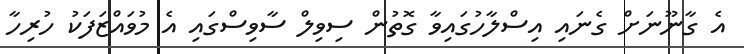
އެ ގާނޫނަށް ގެނައި އިސްލާހުގައިވާ ގޮތުން ސިވިލް ސާވިސްގައި އެ މުވައްޒަފަކު ހުރިހާ